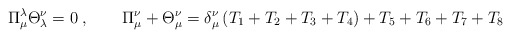
\begin{align*}\Pi _{\mu }^{\lambda }\Theta _{\lambda }^{\nu }=0\;,\qquad \Pi _{\mu }^{\nu}+\Theta _{\mu }^{\nu }=\delta _{\mu }^{\nu }\left(T_{1}+T_{2}+T_{3}+T_{4}\right) +T_{5}+T_{6}+T_{7}+T_{8}\end{align*}